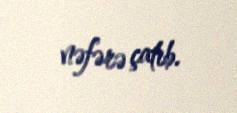
nəfərə çatıb.